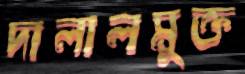
দালালমুক্ত